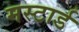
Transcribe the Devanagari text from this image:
मस्टार्ड